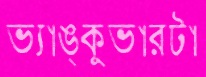
ভ্যাঙ্কুভারটা